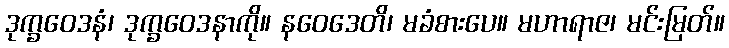
ဒုက္ခဝေဒနံ၊ ဒုက္ခဝေဒနာကို။ နဝေဒေတိ၊ မခံစားပေ။ မဟာရာဇ၊ မင်းမြတ်။